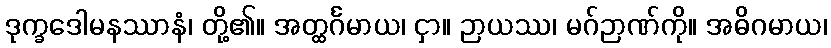
ဒုက္ခဒေါမနဿာနံ၊ တို့၏။ အတ္ထင်္ဂမာယ၊ ငှာ။ ဉာယဿ၊ မဂ်ဉာဏ်ကို။ အဓိဂမာယ၊